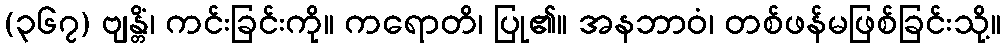
(၃၆၇) ဗျန္တိံ၊ ကင်းခြင်းကို။ ကရောတိ၊ ပြု၏။ အနဘာဝံ၊ တစ်ဖန်မဖြစ်ခြင်းသို့။